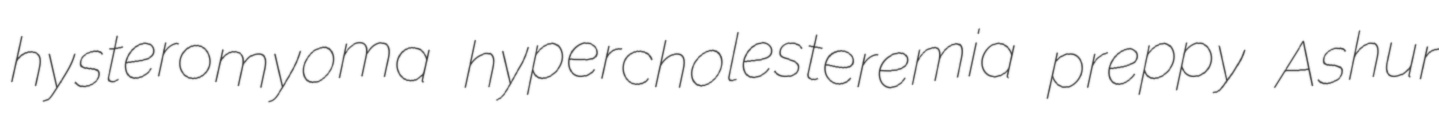
hysteromyoma hypercholesteremia preppy Ashur